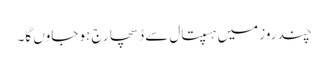
چند روز میں ہسپتال سے ڈسچارج ہو جاوں گا۔